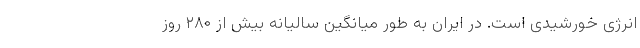
انرژی خورشیدی است. در ایران به طور میانگین سالیانه بیش از ۲۸۰ روز